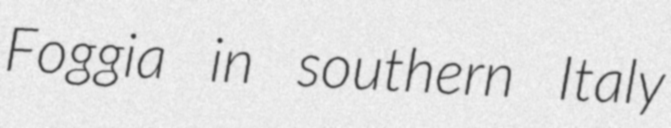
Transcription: Foggia in southern Italy